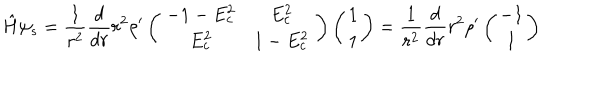
LaTeX: { \hat { H } } \psi _ { s } = \frac { 1 } { r ^ { 2 } } \frac { d } { d r } r ^ { 2 } { \rho } ^ { \prime } \left( \begin{array} { c } { { \begin{array} { c c } { { - 1 - E _ { c } ^ { 2 } } } & { { E _ { c } ^ { 2 } } } \\ { { E _ { c } ^ { 2 } } } & { { 1 - E _ { c } ^ { 2 } } } \\ \end{array} } } \\ \end{array} \right) \left( \begin{array} { c } { { 1 } } \\ { { 1 } } \\ \end{array} \right) = \frac { 1 } { r ^ { 2 } } \frac { d } { d r } r ^ { 2 } { \rho } ^ { \prime } \left( \begin{array} { c } { { - 1 } } \\ { { 1 } } \\ \end{array} \right)